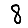
Digit: 8